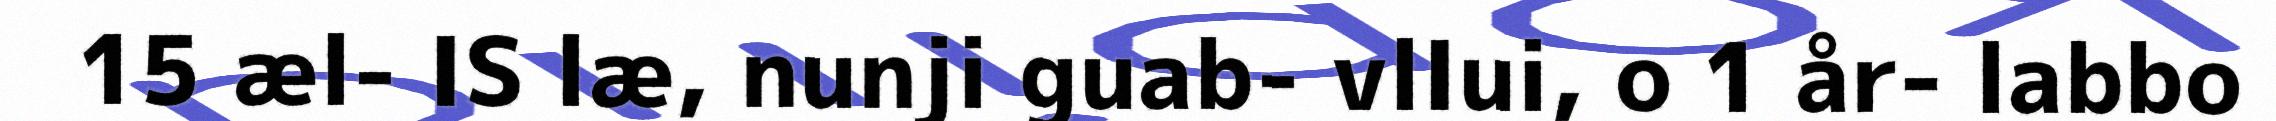
15 æl- IS læ, nunji guab- vlIui, o 1 år- labbo